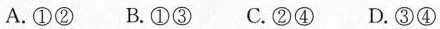
A.①② B.①③ C.②④ D.③④